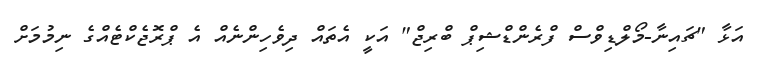
އަޅާ "ޗައިނާ-މޯލްޑިވްސް ފްރެންޑްޝިޕް ބްރިޖް" އަކީ އެތައް ދިވެހިންނެއް އެ ޕްރޮޖެކްޓެއްގެ ނިމުމަށް